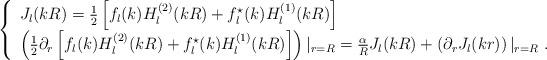
LaTeX: \begin{align*}\left\{ \begin{array}{ll}J_{l}(kR) = \frac 12 \left[f_l(k) H^{(2)}_l(kR)+f^{\star}_l(k) H^{(1)}_l(kR)\right] \\ \left(\frac 12 \partial_r \left[f_l(k) H^{(2)}_l(kR)+f^{\star}_l(k) H^{(1)}_l(kR)\right] \right)|_{r=R} = \frac{\alpha}{R} J_{l}(kR) + \left( \partial_r J_{l}(kr)\right)|_{r=R}\ .\end{array}\right.\end{align*}